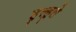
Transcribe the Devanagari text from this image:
हुल्हुले